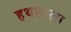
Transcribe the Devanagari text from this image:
हथशाला